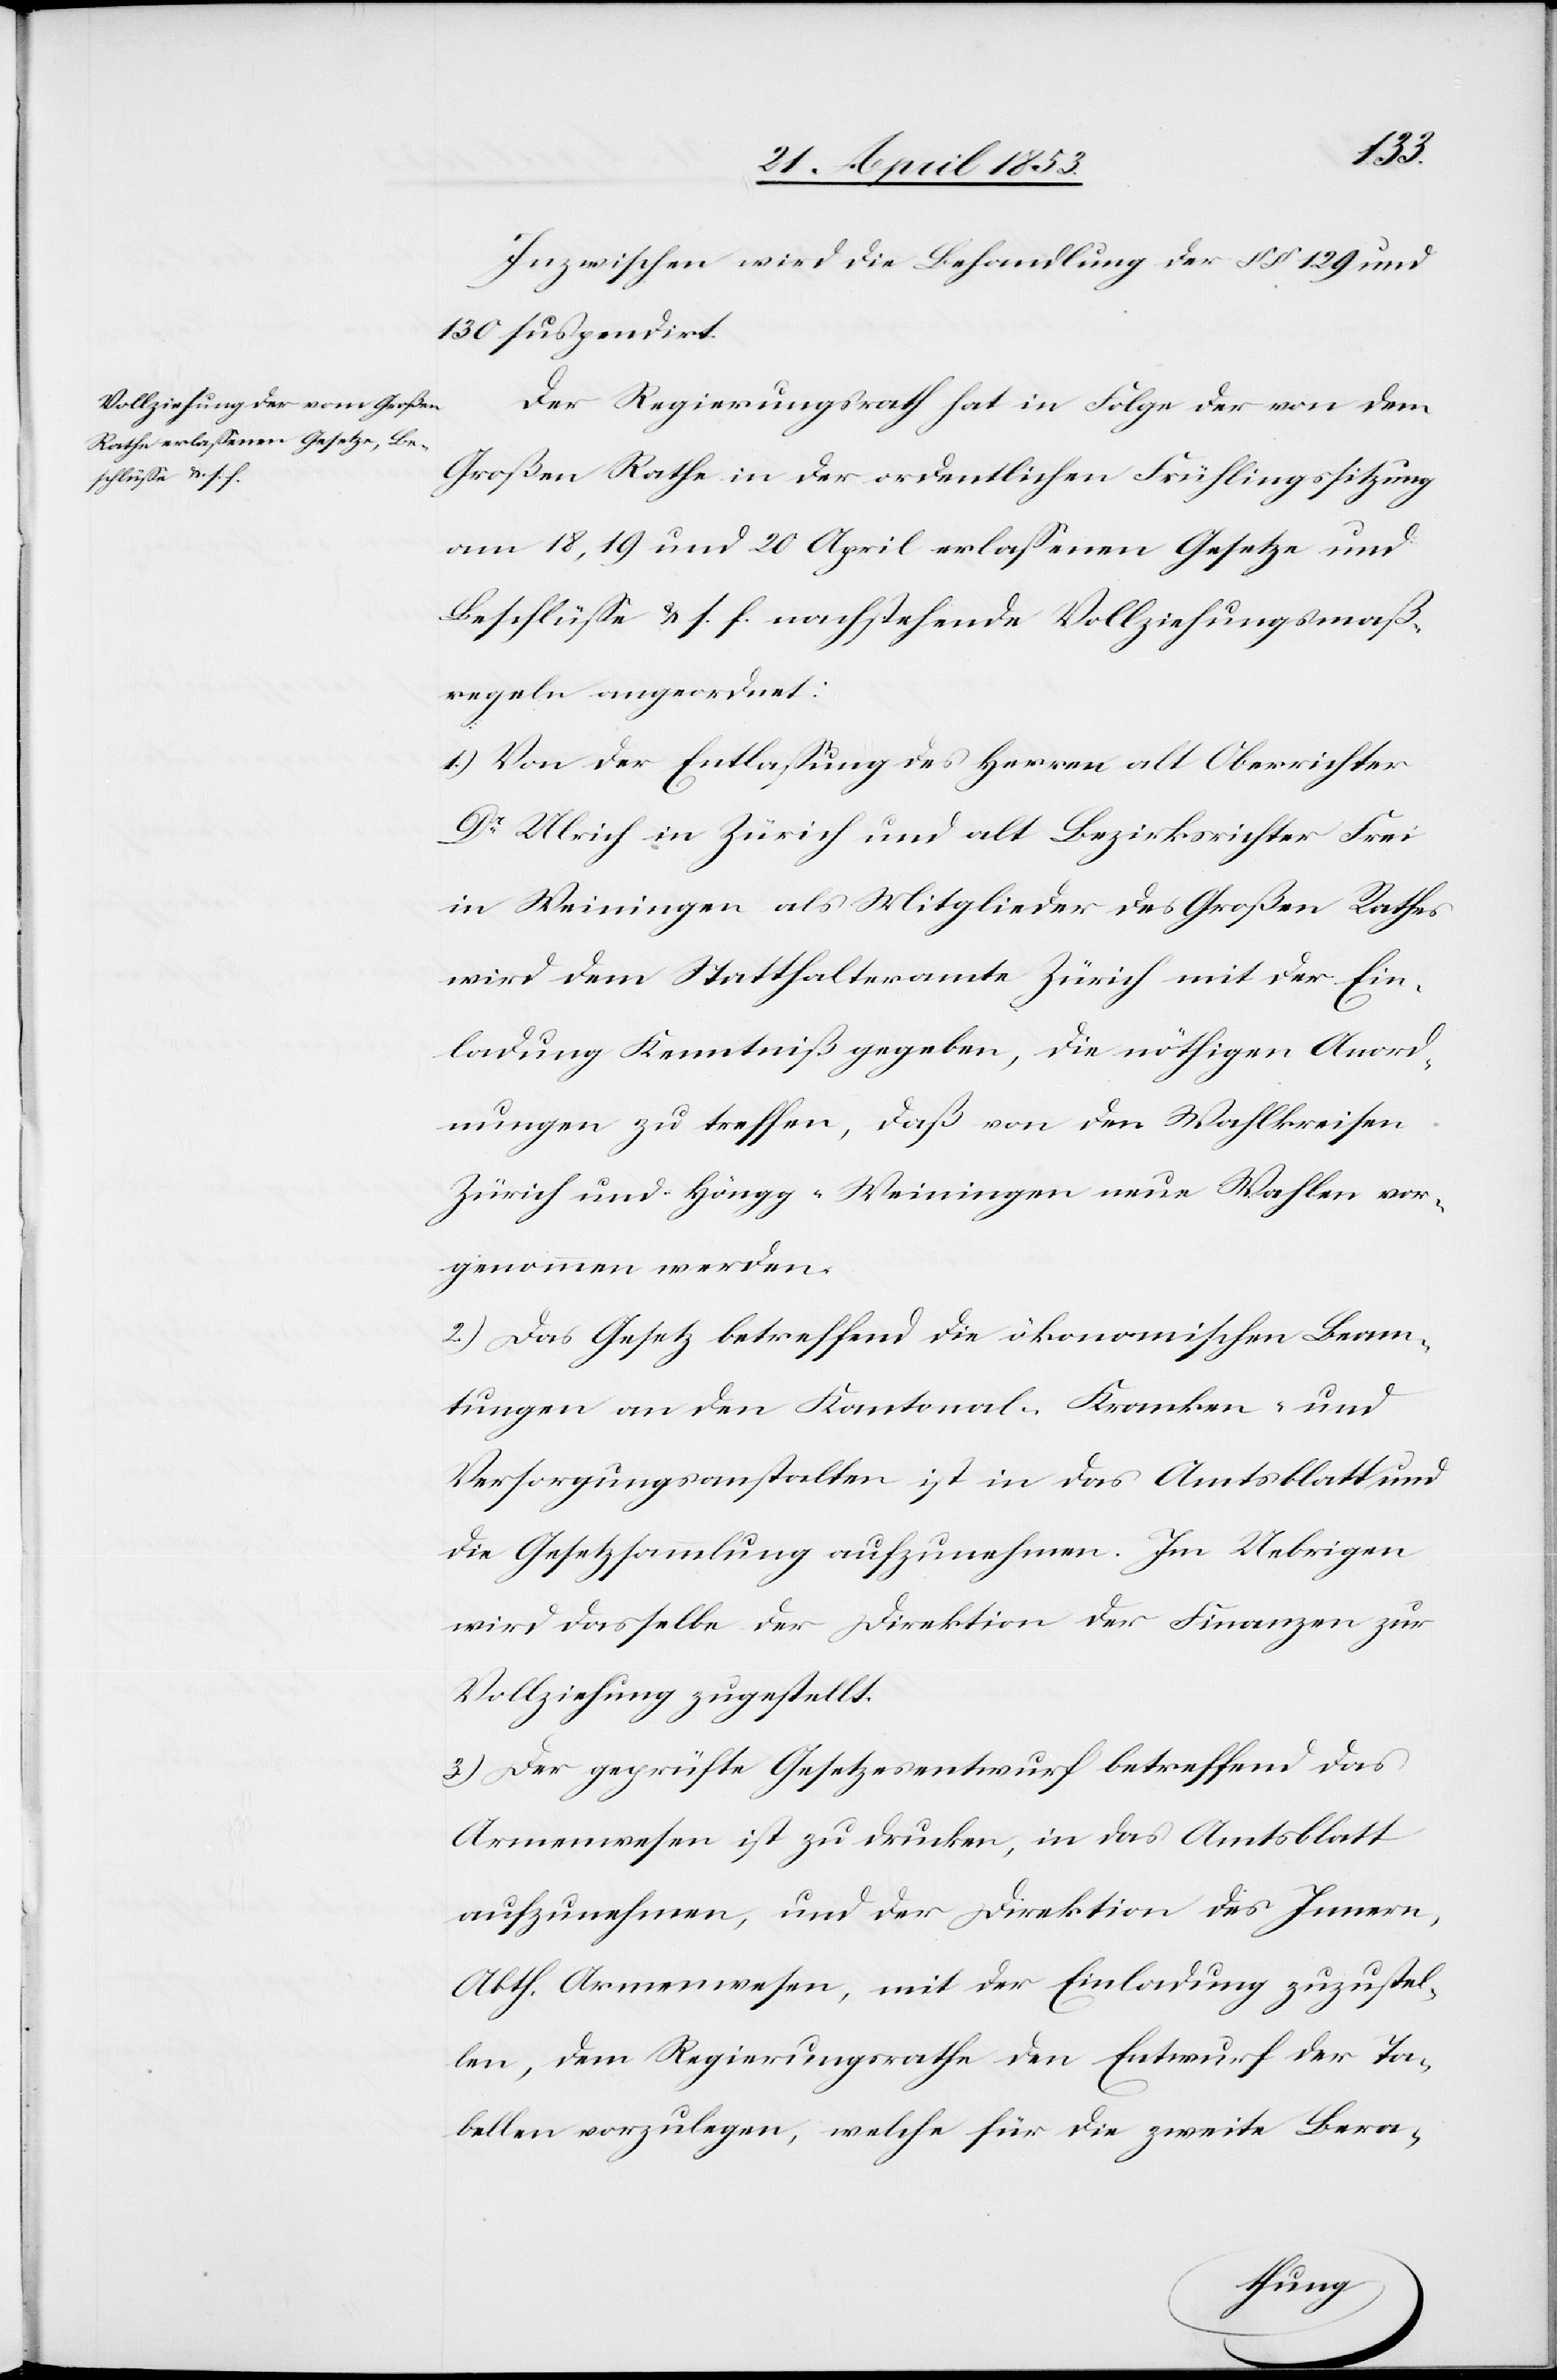
Inzwischen wird die Behandlung der §§ 129 und
130 suspendirt.
Der Regierungsrath hat in Folge der von dem
Großen Rathe in der ordentlichen Frühlingssitzung
am 18, 19 und 20 April erlaßenen Gesetze und
Beschlüße u. s. f. nachstehende Vollziehungsmaß¬
regeln angeordnet:
1.) Von der Entlaßung des Herrn alt Oberrichter
Dr Ulrich in Zürich und alt Bezirksrichter Frei
in Weiningen als Mitglieder des Großen Rathes
wird dem Statthalteramte Zürich mit der Ein¬
ladung Kenntniß gegeben, die nöthigen Anord¬
nungen zu treffen, daß von den Wahlkreisen
Zürich und Höngg-Weiningen neue Wahlen vor¬
genommen werden.
2.) Das Gesetz betreffend die ökonomischen Beam¬
tungen an den Kantonal-Kranken- und
Versorgungsanstalten ist in das Amtsblatt und
die Gesetzsammlung aufzunehmen. Im Uebrigen
wird dasselbe der Direktion der Finanzen zur
Vollziehung zugestellt.
3.) Der geprüfte Gesetzesentwurf betreffend das
Armenwesen ist zu drucken, in das Amtsblatt
aufzunehmen, und der Direktion des Innern,
Abthl. Armenwesen, mit der Einladung zuzustel¬
len, dem Regierungsrathe den Entwurf der Ta¬
bellen vorzulegen, welche für die zweite Bera-